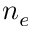
n _ { e }